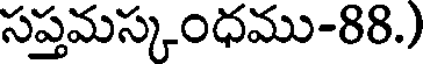
సప్తమస్కంధము-88.)